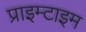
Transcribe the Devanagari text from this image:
प्राइम्टाइम